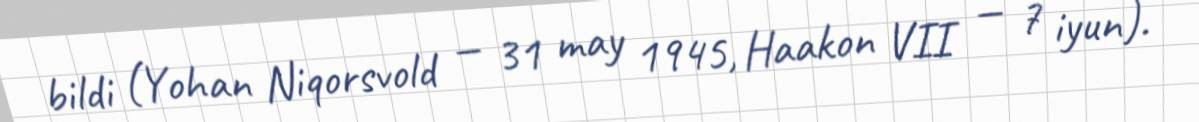
bildi (Yohan Niqorsvold — 31 may 1945, Haakon VII — 7 iyun).